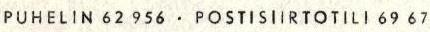
PUHELIN 62 956 · POSTISIIRTOTILI 69 67